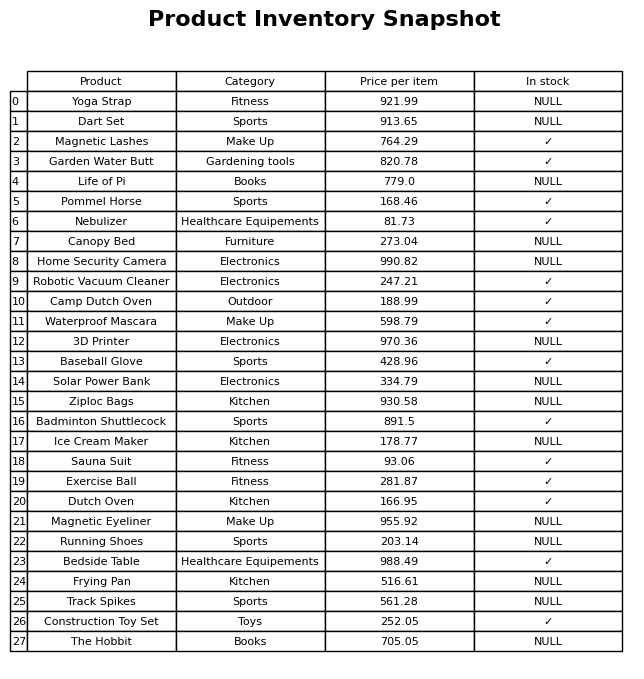
question: What is the price for Home Security Camera?
answer: The price of Home Security Camera is 990.82.